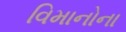
વિમાનોના